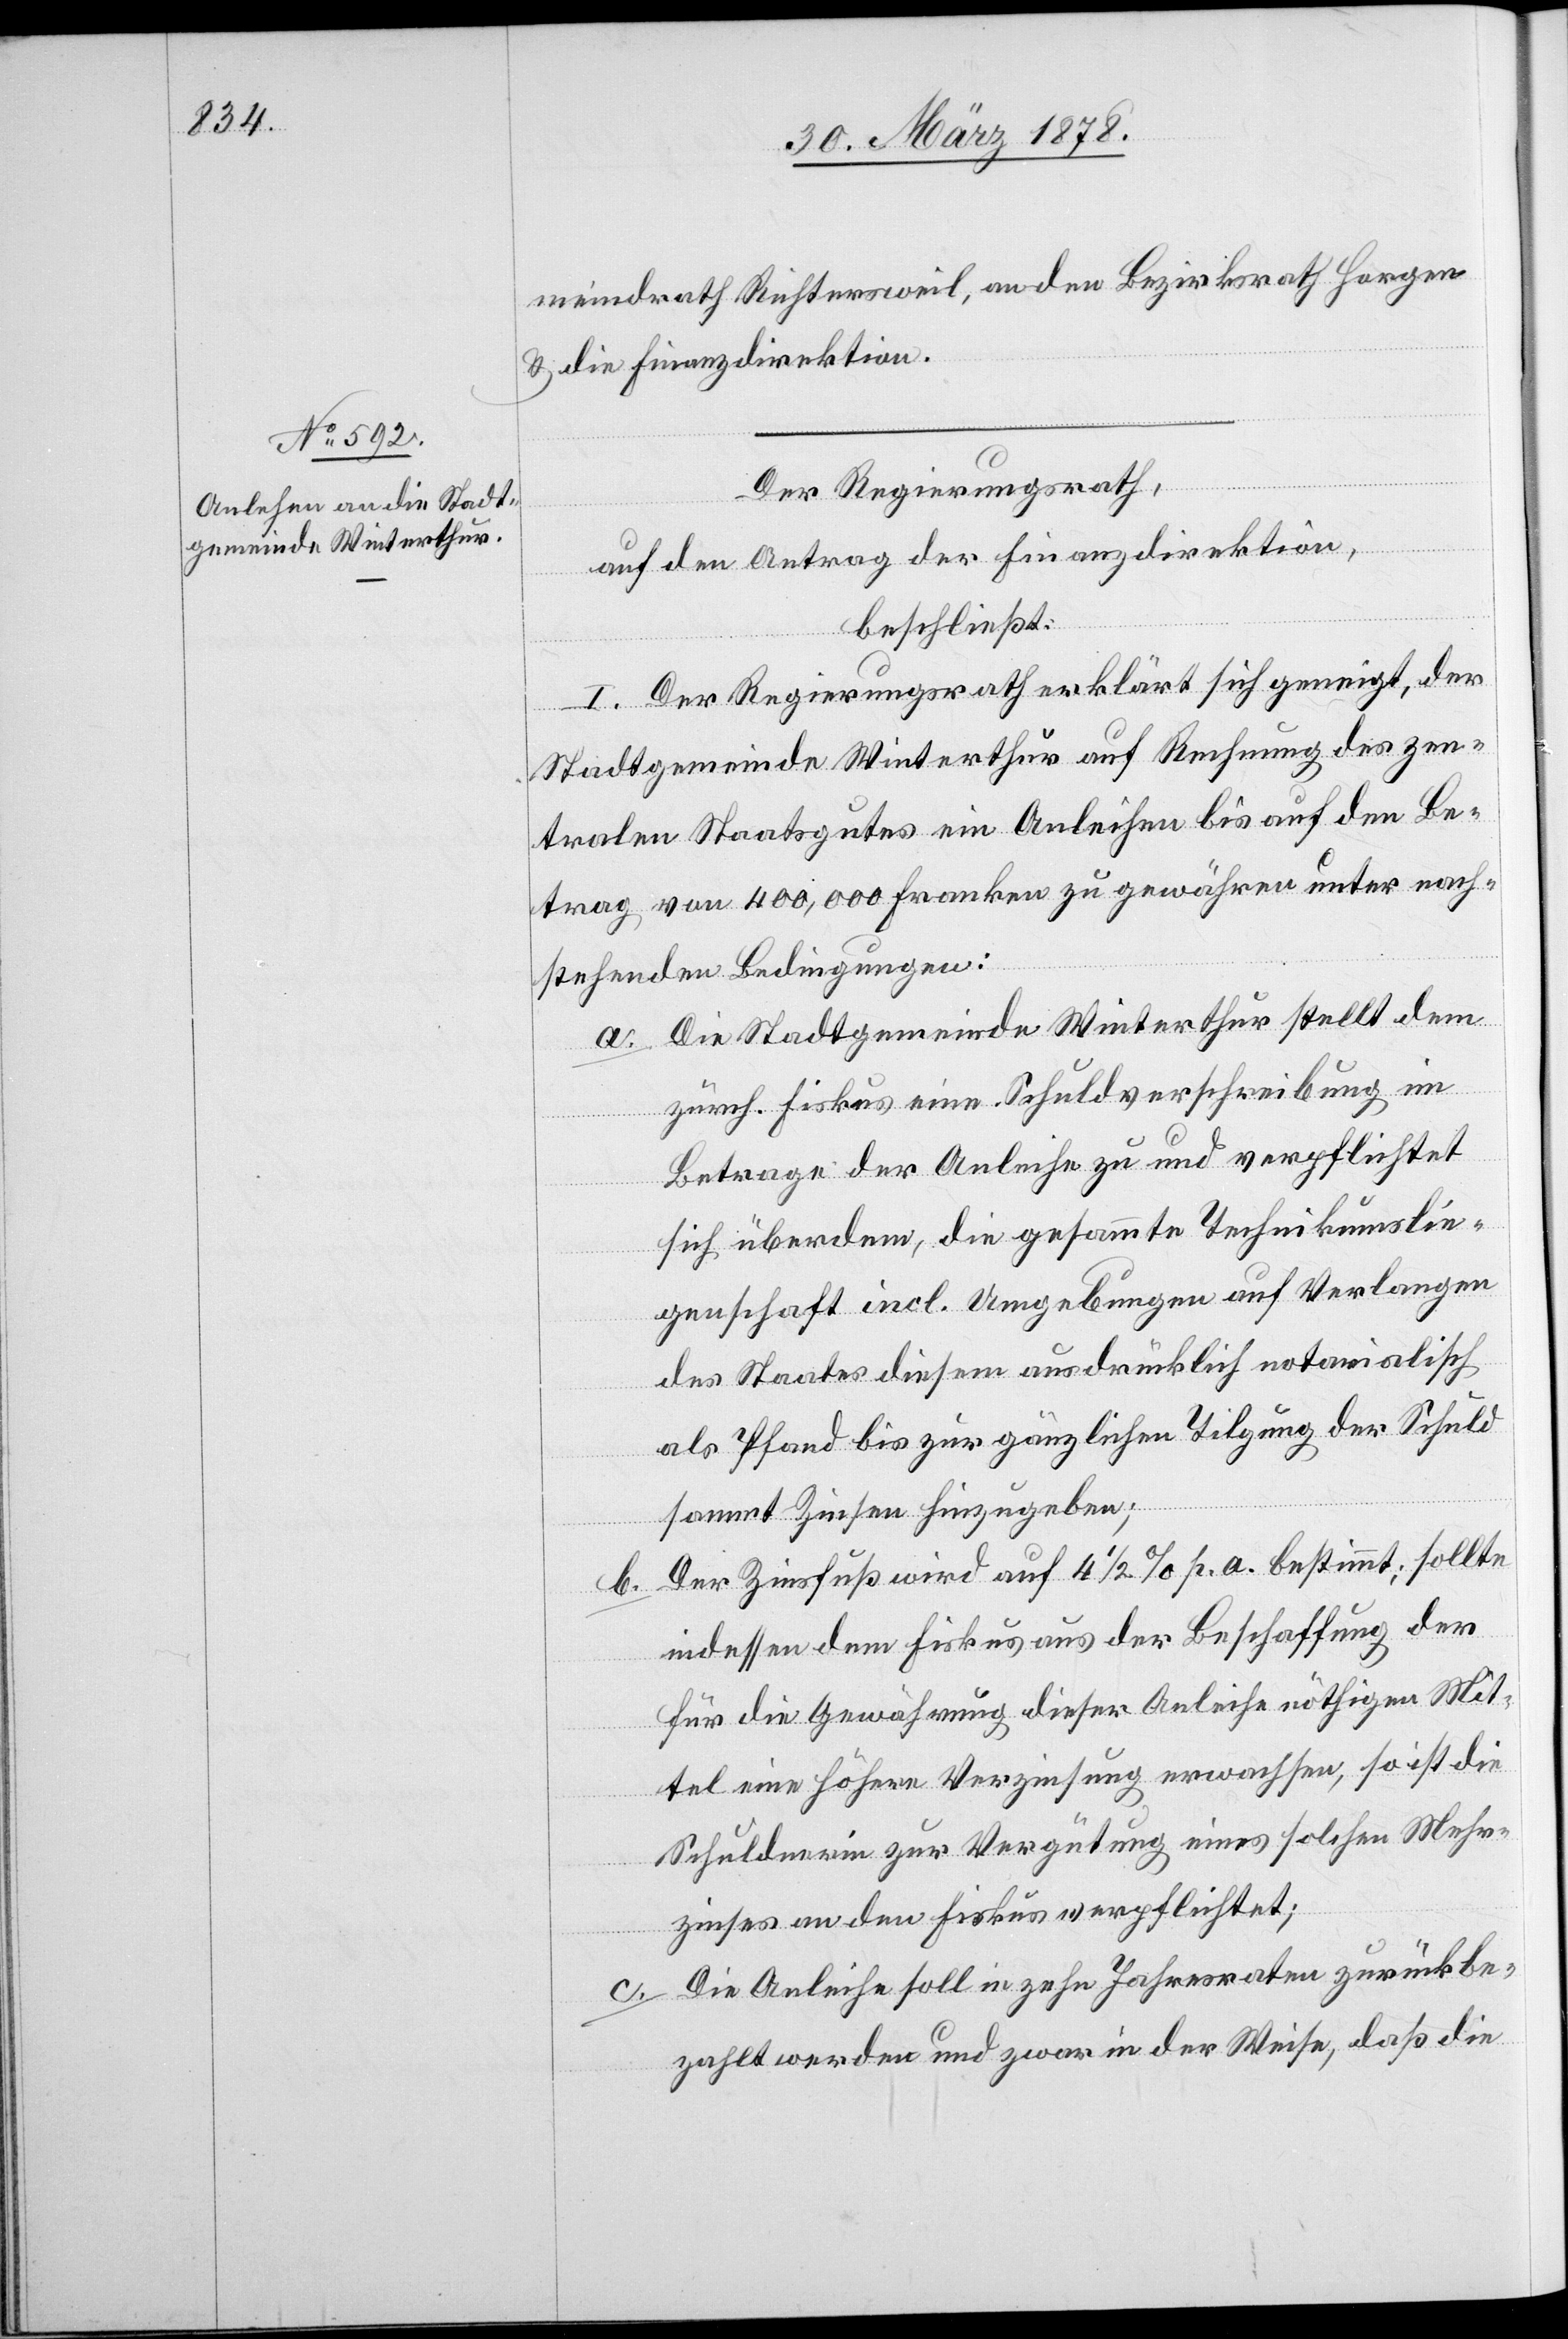
meindrath Richtersweil, an den Bezirksrath Horgen
& die Finanzdirektion.
Der Regierungsrath,
auf den Antrag der Finanzdirektion,
beschließt:
I. Der Regierungsrath erklärt sich geneigt, der
Stadtgemeinde Winterthur auf Rechnung des zen¬
tralen Staatsgutes ein Anleihen bis auf den Be¬
trag von 400,000 Franken zu gewähren unter nach¬
stehenden Bedingungen:
a. Die Stadtgemeinde Winterthur stellt dem
zürch. Fiskus eine Schuldverschreibung im
Betrage der Anleihe zu und verpflichtet
sich überdem, die gesammte Technikumslie¬
genschaft incl. Umgebungen auf Verlangen
des Staates diesem ausdrücklich notarialisch
als Pfand bis zur gänzlichen Tilgung der Schuld
sammt Zinsen hinzugeben;
Der Zinsfuß wird auf 4 1/2 % p. a. bestimmt; sollte
b.
indessen dem Fiskus aus der Beschaffung der
für die Gewährung dieser Anleihe nöthigen Mit¬
tel eine höhere Verzinsung erwachsen, so ist die
Schuldnerin zur Vergütung eines solchen Mehr¬
zinses an den Fiskus verpflichtet;
c. Die Anleihe soll in zehn Jahresraten zurückbe¬
zahlt werden und zwar in der Weise, daß die